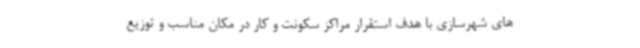
های شهرسازی با هدف استقرار مراکز سکونت و کار در مکان مناسب و توزیع